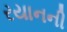
રયાનની